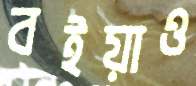
বইয়াও